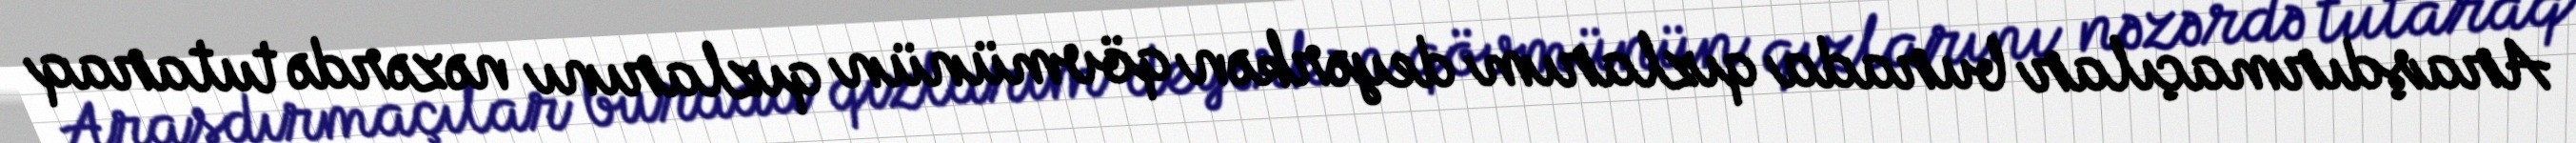
Araşdırmaçılar burada qızlarım deyərkən qövmünün qızlarını nəzərdə tutaraq